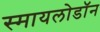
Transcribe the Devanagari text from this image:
स्मायलोडॉन